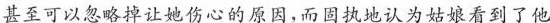
甚至可以忽略掉让她伤心的原因，而固执地认为姑娘看了他